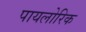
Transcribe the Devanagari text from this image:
पायलोरिक